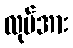
လုပ်အား